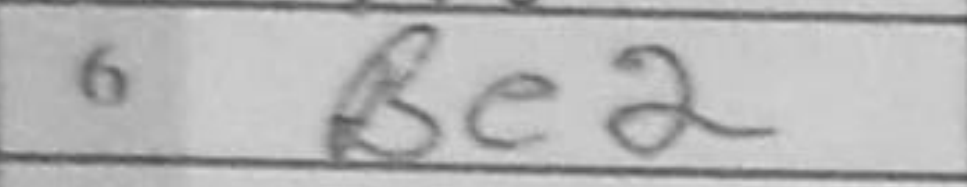
Transcription: Be2